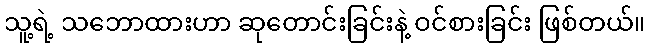
သူ့ရဲ့ သဘောထားဟာ ဆုတောင်းခြင်းနဲ့ ဝင်စားခြင်း ဖြစ်တယ်။